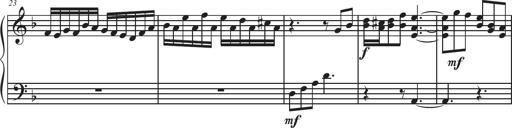
Title: Sonatina Espania
Composer: Jerald Franklin Archer
Key: Various